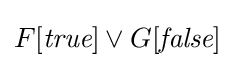
F[{\textit {true}}]\lor G[{\textit {false}}]